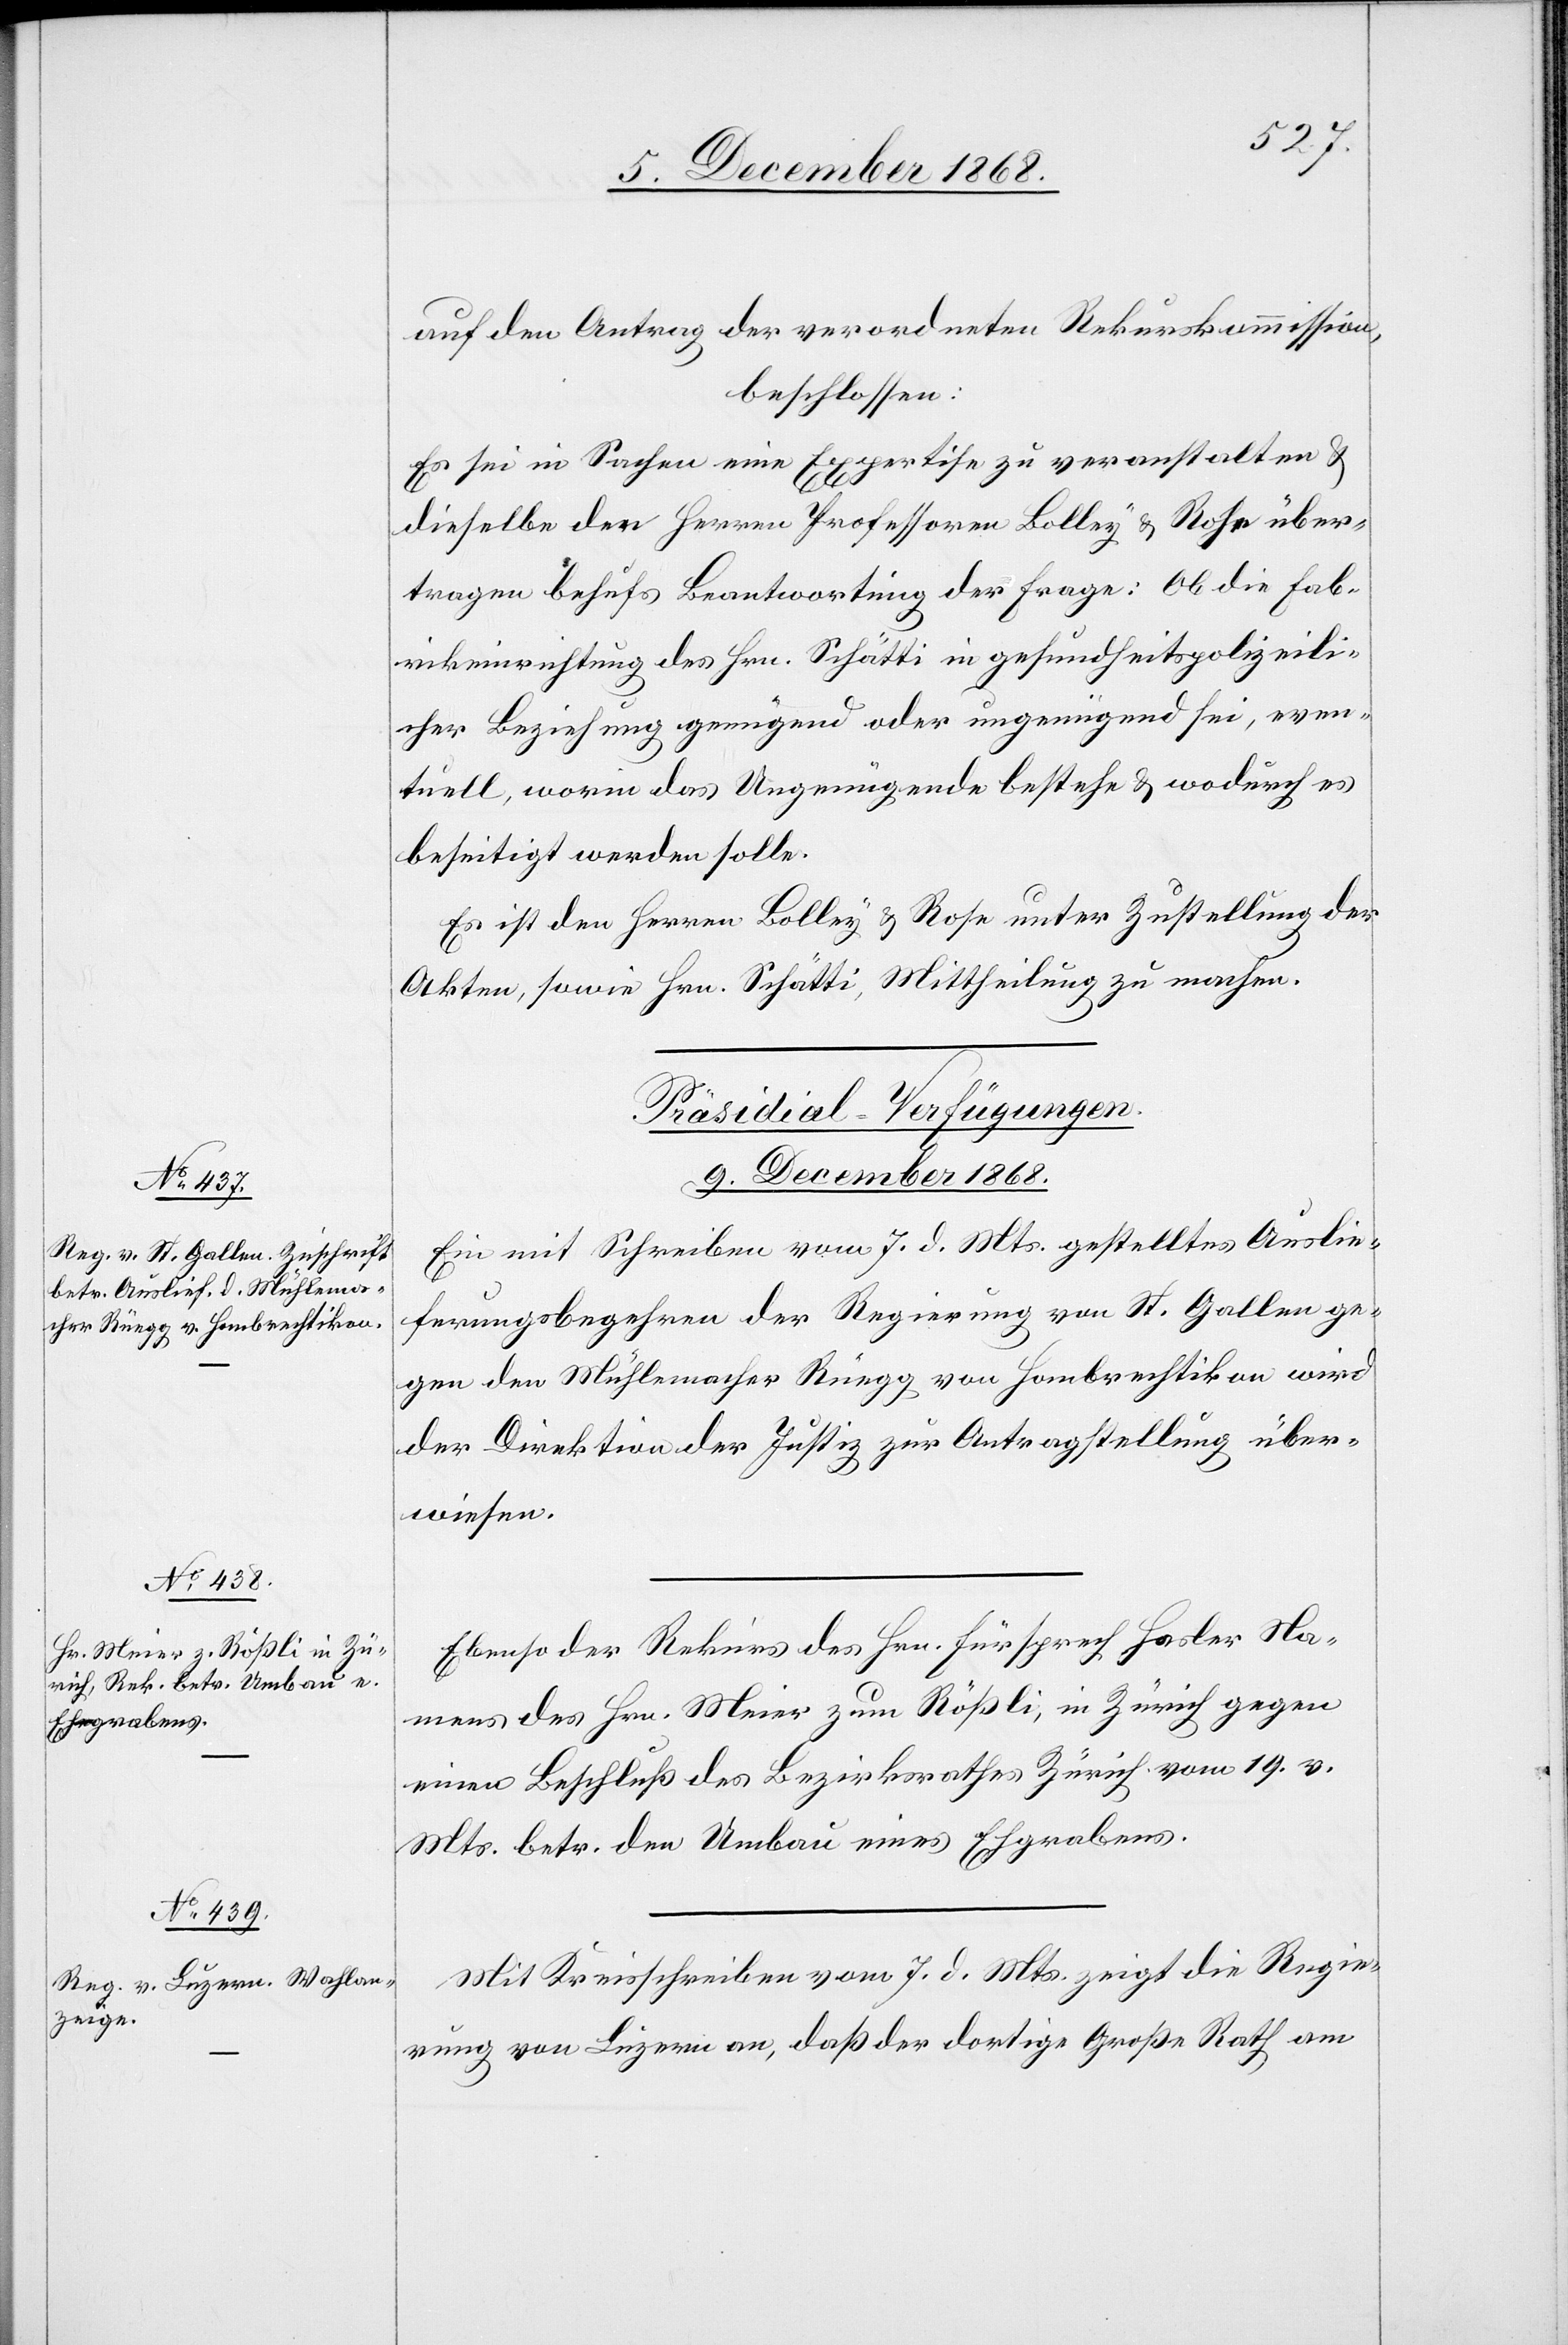
auf den Antrag der verordneten Rekurskommission,
beschlossen:
Es sei in Sachen eine Expertise zu veranstalten &
dieselbe den Herren Professoren Bolley & Rose über¬
tragen behufs Beantwortung der Frage: Ob die Fab¬
rikeinrichtung des Hrn. Schätti in gesundheitspolizeili¬
cher Beziehung genügend oder ungenügend sei, even¬
tuell, worin das Ungenügende bestehe & wodurch es
beseitigt werden solle.
Es ist den Herren Bolley & Rose unter Zustellung der
Akten, sowie Hrn. Schätti, Mittheilung zu machen.
[Präsidial-Verfügungen.
9. December 1868.]
Ein mit Schreiben vom 7. d. Mts. gestelltes Auslie¬
ferungsbegehren der Regierung von St. Gallen ge¬
gen den Mühlemacher Rüegg von Hombrechtikon wird
der Direktion der Justiz zur Antragstellung über¬
wiesen.
Ebenso der Rekurs des Hrn. Fürsprech Hasler Na¬
mens des Hrn. Meier zum Rößli, in Zürich gegen
einen Beschluß des Bezirksrathes Zürich vom 19. v.
Mts. betr. den Umbau eines Ehgrabens.
Mit Kreisschreiben vom 7. d. Mts. zeigt die Regie¬
rung von Luzern an, daß der dortige Große Rath am